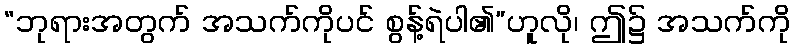
“ဘုရားအတွက် အသက်ကိုပင် စွန့်ရဲပါ၏”ဟူလို၊ ဤ၌ အသက်ကို